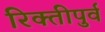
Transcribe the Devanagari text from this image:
रिक्तीपुर्व